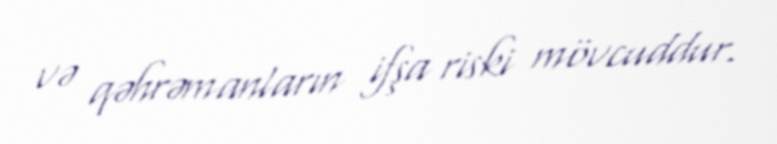
və qəhrəmanların ifşa riski mövcuddur.